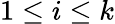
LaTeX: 1\leq i\leq k